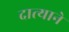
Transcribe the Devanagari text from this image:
दात्याने